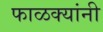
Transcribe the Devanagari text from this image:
फाळक्यांनी